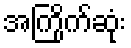
အကြိုက်ဆုံး